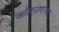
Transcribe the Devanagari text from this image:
ओलांडणाऱ्या